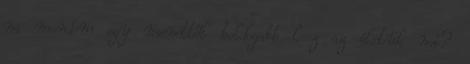
na mondom egy menettől boldogabb lesz az életük mi?